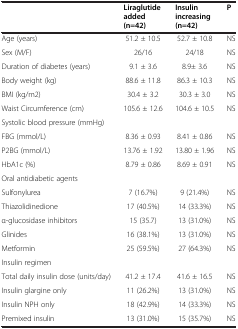
<table><thead><tr><td><b> </b></td><td><b>Liraglutide added (n=42)</b></td><td><b>Insulin increasing (n=42)</b></td><td><b>P</b></td></tr></thead><tbody><tr><td>Age (years)</td><td>51.2 ± 10.5</td><td>52.7 ± 10.8</td><td>NS</td></tr><tr><td>Sex (M/F)</td><td>26/16</td><td>24/18</td><td>NS</td></tr><tr><td>Duration of diabetes (years)</td><td>9.1 ± 3.6</td><td>8.9± 3.6</td><td>NS</td></tr><tr><td>Body weight (kg)</td><td>88.6 ± 11.8</td><td>86.3 ± 10.3</td><td>NS</td></tr><tr><td>BMI (kg/m2)</td><td>30.4 ± 3.2</td><td>30.3 ± 3.0</td><td>NS</td></tr><tr><td>Waist Circumference (cm)</td><td>105.6 ± 12.6</td><td>104.6 ± 10.5</td><td>NS</td></tr><tr><td colspan="4">Systolic blood pressure (mmHg)</td></tr><tr><td>FBG (mmol/L)</td><td> 8.36 ± 0.93</td><td> 8.41 ± 0.86</td><td>NS</td></tr><tr><td>P2BG (mmol/L)</td><td>13.76 ± 1.92</td><td>13.80 ± 1.96</td><td>NS</td></tr><tr><td>HbA1c (%)</td><td> 8.79 ± 0.86</td><td> 8.69 ± 0.91</td><td>NS</td></tr><tr><td colspan="4">Oral antidiabetic agents</td></tr><tr><td>Sulfonylurea</td><td> 7 (16.7%)</td><td> 9 (21.4%)</td><td>NS</td></tr><tr><td>Thiazolidinedione</td><td>17 (40.5%)</td><td>14 (33.3%)</td><td>NS</td></tr><tr><td>α-glucosidase inhibitors</td><td>15 (35.7)</td><td>13 (31.0%)</td><td>NS</td></tr><tr><td>Glinides</td><td>16 (38.1%)</td><td>13 (31.0%)</td><td>NS</td></tr><tr><td>Metformin</td><td>25 (59.5%)</td><td>27 (64.3%)</td><td>NS</td></tr><tr><td>Insulin regimen</td><td> </td><td> </td><td> </td></tr><tr><td>Total daily insulin dose (units/day)</td><td>41.2 ± 17.4</td><td>41.6 ± 16.5</td><td>NS</td></tr><tr><td>Insulin glargine only</td><td>11 (26.2%)</td><td>13 (31.0%)</td><td>NS</td></tr><tr><td>Insulin NPH only</td><td>18 (42.9%)</td><td>14 (33.3%)</td><td>NS</td></tr><tr><td>Premixed insulin</td><td>13 (31.0%)</td><td>15 (35.7%)</td><td>NS</td></tr></tbody></table>